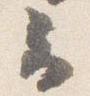
云